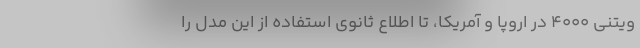
ویتنی ۴۰۰۰ در اروپا و آمریکا، تا اطلاع ثانوی استفاده از این مدل را